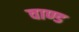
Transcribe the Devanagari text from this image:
वाण्ड